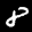
Label: 8